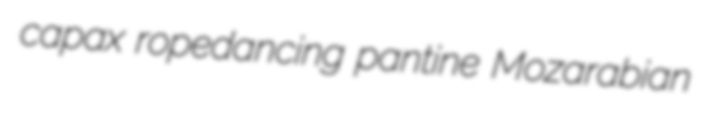
capax ropedancing pantine Mozarabian